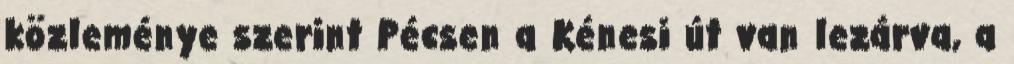
közleménye szerint Pécsen a Kénesi út van lezárva, a